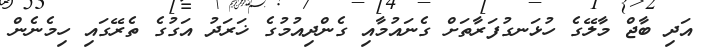
އަދި ބާޖް މާލޭގެ ހުޅަނގުފަރާތަށް ގެނައުމާއި ގެންދިއުމުގެ ޚަރަދު އަގުގެ ތެރޭގައި ހިމެނެން